Annual administration report of the Civil Veterinary Department of India - 1894-1895
Year: 1894
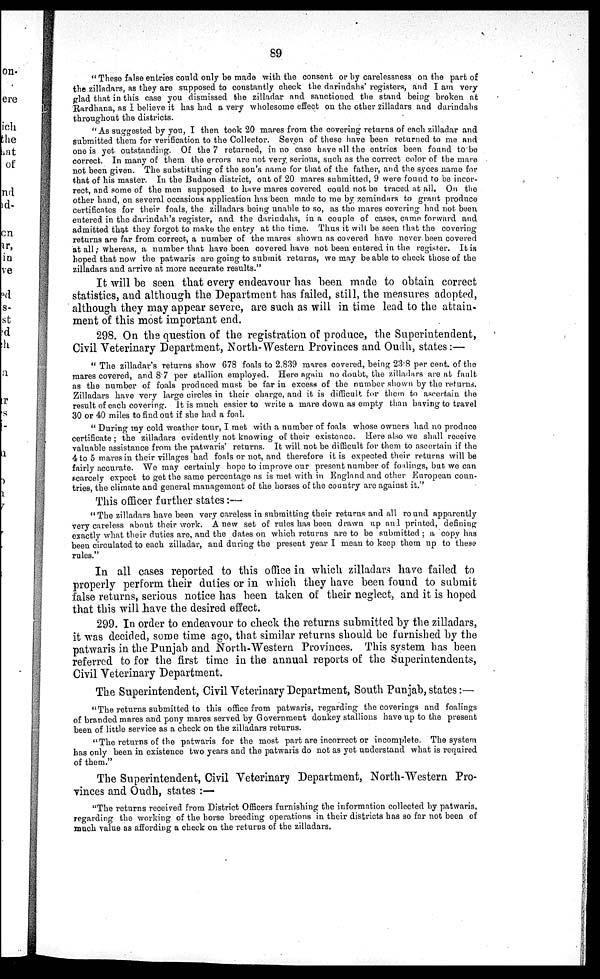
89
" These false entries could only be made with the consent or by carelessness on the part of
the zilladars, as they are supposed to constantly check the darindahs' registers, and I am very
glad that in this case you dismissed the zilladar and sanctioned the stand being broken at
Rardhana, as I believe it has had a very wholesome effect on the other zilladars and darindahs
throughout the districts.
"As suggested by you, I then took 20 mares from the covering returns of each zilladar and
submitted them for verification to the Collector. Seven of these have been returned to me and
one is yet outstanding. Of the 7 returned, in no case have all the entries been found to be
correct. In many of them the errors are not very, serious, such as the correct color of the mare
not been given. The substituting of the son's name for that of the father, and the syces name for
that of his master. In the Budaon district, out of 20 mares submitted, 9 were found to be incor-
rect, and some of the men supposed to have mares covered could not be traced at all. On the
other hand, on several occasious application has been made to me by zemindars to grant produce
certificates for their foals, the zilladars being unable to so, as the mares covering had not been
entered in the darindah's register, and the darindahs, in a couple of cases, came forward and
admitted that they forgot to make the entry at the time. Thus it will be seen that the covering
returns are far from correct, a number of the mares shown as covered have never been covered
at all; whereas, a number that have been covered have not been entered in the register. It is
hoped that now the patwaris are going to submit returns, we may be able to check those of the
zilladars and arrive at more accurate results."
It will be seen that every endeavour has been made to obtain correct
statistics, and although the Department has failed, still, the measures adopted,
although they may appear severe, are such as will in time lead to the attain-
ment of this most important end.
298. On the question of the registration of produce, the Superintendent,
Civil Veterinary Department, North-Western Provinces and Oudh, states:—
" The zilladar's returns show 678 foals to 2.839 mares covered, being 23.8 per cent. of the
mares covered, and 8.7 per stallion employed. Here again no doubt, the zilladars are at fault
as the number of foals produced must be far in excess of the number shown by the returns.
Zilladars have very large circles in their charge, and it is difficult for them to ascertain the
result of each covering. It is much easier to write a mare down as empty than having to travel
30 or 40 miles to find out if she had a foal.
" During my cold weather tour, I met with a number of foals whose owners had no produce
certificate ; the zilladars evidently not knowing of their existence. Here also we shall receive
valuable assistance from the patwaris' returns. It will not be difficult for them to ascertain if the
4 to 5 mares in their villages had foals or not, and therefore it is expected their returns will be
fairly accurate. We may certainly hope to improve our present number of foalings, but we can
scarcely expect to get the same percentage as is met with in England and other European coun-
tries, the climate and general management of the horses of the country are against it."
This officer further states:—
"The zilladars have been very careless in submitting their returns and all round apparently
very careless about their work. A new set of rules has been drawn up and printed, defining
exactly what their duties are, and the dates on which returns are to be submitted ; a copy has
been circulated to each zilladar, and during the present year I mean to keep them up to these
rules."
In all cases reported to this office in which zilladars have failed to
properly perform their duties or in which they have been found to submit
false returns, serious notice has been taken of their neglect, and it is hoped
that this will have the desired effect.
299. In order to endeavour to check the returns submitted by the zilladars,
it was decided, some time ago, that similar returns should be furnished by the
patwaris in the Punjab and North-Western Provinces. This system has been
referred to for the first time in the annual reports of the Superintendents,
Civil Veterinary Department.
The Superintendent, Civil Veterinary Department, South Punjab, states:—
"The returns submitted to this office from patwaris, regarding the coverings and foalings
of branded mares and pony mares served by Government donkey stallions have up to the present
been of little service as a check on the zilladars returns.
"The returns of the patwaris for the most part are incorrect or incomplete. The system
has only been in existence two years and the patwaris do not as yet understand what is required
of them."
The Superintendent, Civil Veterinary Department, North-Western Pro-
vinces and Oudh, states :—
"The returns received from District Officers furnishing the information collected by patwaris,
regarding the working of the horse breeding operations in their districts has so far not been of
much value as affording a check on the returns of the zilladars.